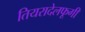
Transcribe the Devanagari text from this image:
तियरादेलफूगी